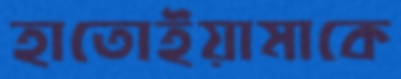
হাতোইয়ামাকে